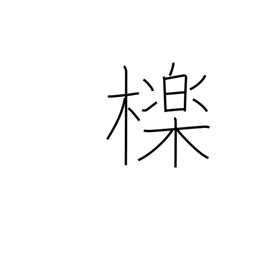
Meaning: oak used for charcoal